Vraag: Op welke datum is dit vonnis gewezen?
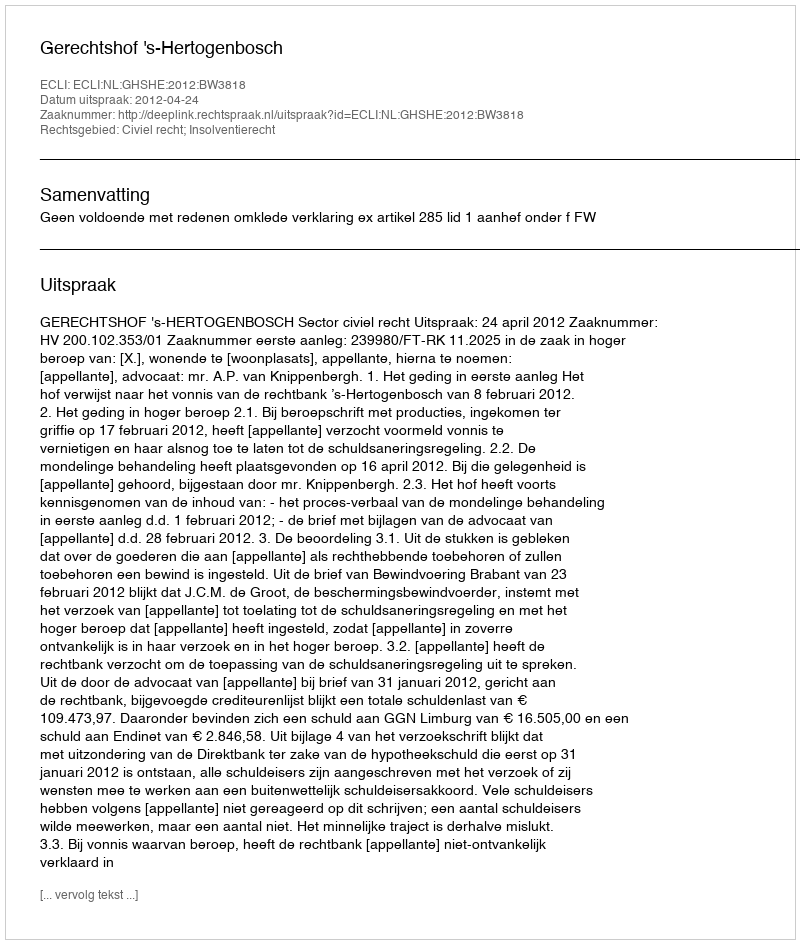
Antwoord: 2012-04-24